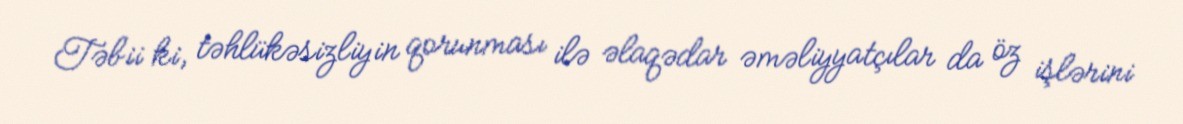
Təbii ki, təhlükəsizliyin qorunması ilə əlaqədar əməliyyatçılar da öz işlərini